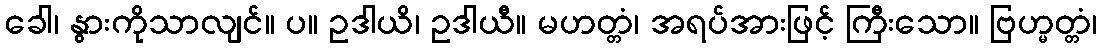
ခေါ၊ နွားကိုသာလျင်။ ပ။ ဥဒါယိ၊ ဥဒါယီ။ မဟတ္တံ၊ အရပ်အားဖြင့် ကြီးသော။ ဗြဟ္မတ္တံ၊